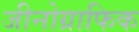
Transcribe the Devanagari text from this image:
जीनोग्राफिक